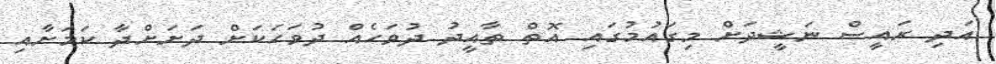
އަދި ރައީސް ނަޝީދަށް މިގައުމުގައި އޮތް ތާއީދު ދުވަހެއް ދުވަހަކަށް ދަށަށްދާ ކަމަށާއި